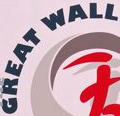
GREAT WALL